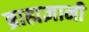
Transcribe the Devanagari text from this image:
ब्राह्मज्ञानी